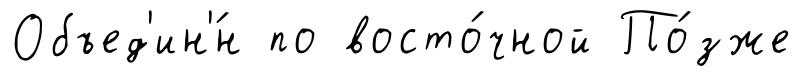
Объед'ин'́н по восто́чной По́зже